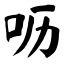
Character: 呖